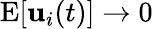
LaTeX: \mathrm{E}[{\mathbf{u}}_{i}(t)]\rightarrow 0